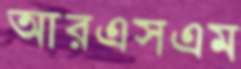
আরএসএম